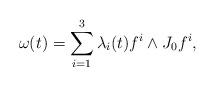
LaTeX: \begin{align*} \omega(t)=\sum_{i=1}^3 \lambda_i(t) f^i\wedge J_0 f^i, \end{align*}